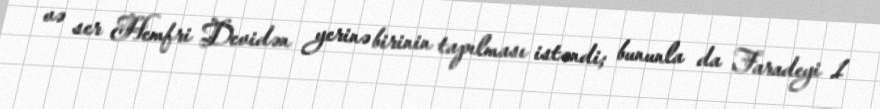
və ser Hemfri Devidən yerinə birinin tapılması istəndi; bununla da Faradeyi 1